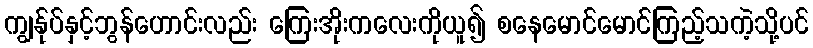
ကျွန်ုပ်နှင့်ဘွန်ဟောင်းလည်း ကြေးအိုးကလေးကိုယူ၍ စနေမောင်မောင်ကြည့်သကဲ့သို့ပင်